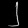
Digit: ၂